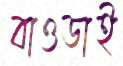
বাওডাই